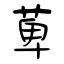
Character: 萆